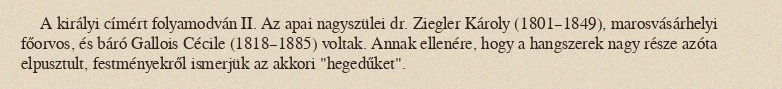
A királyi címért folyamodván II. Az apai nagyszülei dr. Ziegler Károly (1801–1849), marosvásárhelyi főorvos, és báró Gallois Cécile (1818–1885) voltak. Annak ellenére, hogy a hangszerek nagy része azóta elpusztult, festményekről ismerjük az akkori "hegedűket".